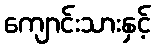
ကျောင်းသားနှင့်